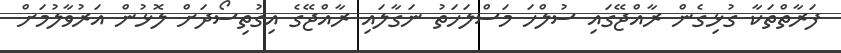
ފަރާތްތަކާ ގުޅިގެން ރާއްޖޭގައި ސުލްހަ މަސްލަހަތު ނަގާލައި ރާއްޖޭގެ އިގުތިސޯދަށް ލޮޅުން އަރުވާލުމަށް